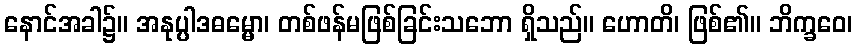
နောင်အခါ၌။ အနုပ္ပါဒဓမ္မော၊ တစ်ဖန်မဖြစ်ခြင်းသဘော ရှိသည်။ ဟောတိ၊ ဖြစ်၏။ ဘိက္ခဝေ၊